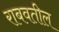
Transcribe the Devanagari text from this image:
राबवतील